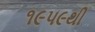
૧૯૫૯થી